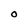
Character: O